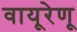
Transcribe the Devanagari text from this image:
वायूरेणू